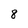
Character: 8